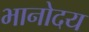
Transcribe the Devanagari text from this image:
भानोदय